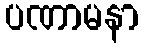
ပဏာမနာ